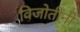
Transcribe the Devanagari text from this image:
विजोतीनी